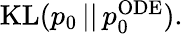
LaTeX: \begin{array}{r}{\mathrm{KL}(p_{0}\, ||\, p_{0}^{\mathrm{ODE}}).}\end{array}